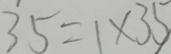
3 5 = 1 \times 3 5